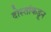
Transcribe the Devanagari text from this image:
दोस्तांकडून